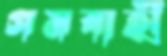
গমবাহী